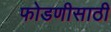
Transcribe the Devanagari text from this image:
फोडणीसाठी